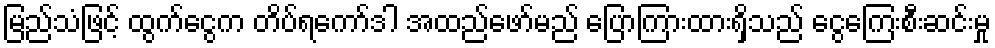
မြည်သံဖြင့် ထွက်ငွေက တိပ်ရကော်ဒါ အထည်ဖော်မည် ပြောကြားထားရှိသည် ငွေကြေးစီးဆင်းမှု